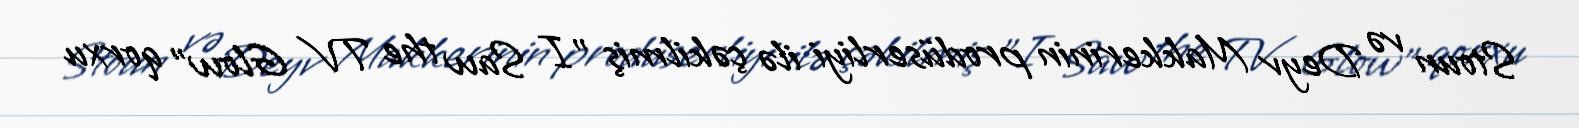
Stoun və Deyv Makkerinin prodüserliyi ilə çəkilmiş "I Saw the TV Glow" qorxu